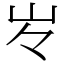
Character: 㞮